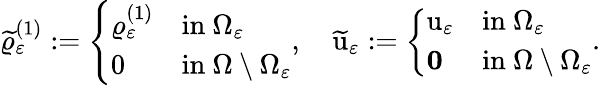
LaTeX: \begin{array}{r}{\widetilde{\varrho}_{\varepsilon}^{(1)}:=\left\{ \begin{array}{ll}{\varrho_{\varepsilon}^{(1)}}&{\mathrm{in~}\Omega_{\varepsilon}}\\ {0}&{\mathrm{in~}\Omega\setminus\Omega_{\varepsilon}}\end{array}\right.,\quad\widetilde{\textbf{\textup{u}}}_{\varepsilon}:=\left\{ \begin{array}{ll}{\textbf{\textup{u}}_{\varepsilon}}&{\mathrm{in~}\Omega_{\varepsilon}}\\ {\textbf{0}}&{\mathrm{in~}\Omega\setminus\Omega_{\varepsilon}}\end{array}\right..}\end{array}